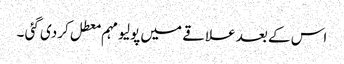
اس کے بعد علاقے میں پولیو مہم معطل کردی گئی ۔